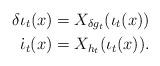
LaTeX: \begin{align*}\delta\iota_t(x)=X_{\delta g_t}(\iota_t(x))\\\dot{\iota}_t(x)=X_{h_t}(\iota_t(x)).\end{align*}